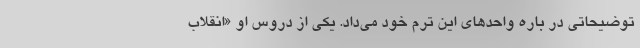
توضیحاتی در باره واحدهای این ترم خود می‌داد. یکی از دروس او «انقلاب